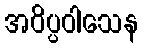
အဝိပ္ပဝါသေန